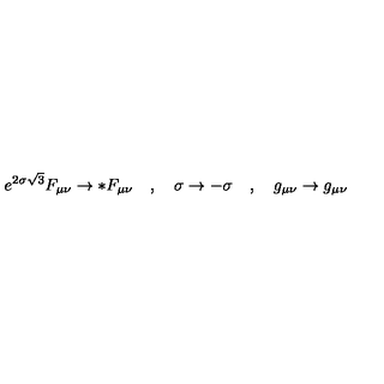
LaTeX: e ^ { 2 \sigma \sqrt { 3 } } F _ { \mu \nu } \rightarrow * F _ { \mu \nu } \quad , \quad \sigma \rightarrow - \sigma \quad , \quad g _ { \mu \nu } \rightarrow g _ { \mu \nu }